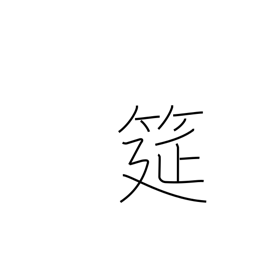
Meaning: straw mat